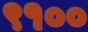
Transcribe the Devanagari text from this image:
९१००